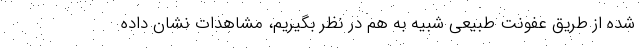
شده از طریق عفونت طبیعی شبیه به هم در نظر بگیریم، مشاهدات نشان داده